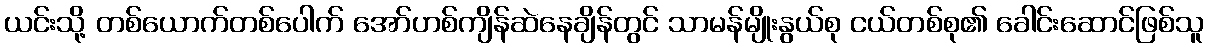
ယင်းသို့ တစ်ယောက်တစ်ပေါက် အော်ဟစ်ကျိန်ဆဲနေချိန်တွင် သာမန်မျိုးနွယ်စု ငယ်တစ်စု၏ ခေါင်းဆောင်ဖြစ်သူ